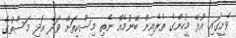
ވެށީގައި އުޅޭ މީހުންގެ ތެރެއިން ބޭނުމެއް ނެތި މިސްކިތަށް ވަދެ އަދި މަސްތުގެ